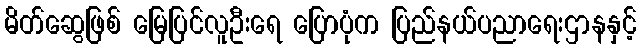
မိတ်ဆွေဖြစ် မြေပြင်လူဦးရေ ပြောပုံက ပြည်နယ်ပညာရေးဌာနနှင့်